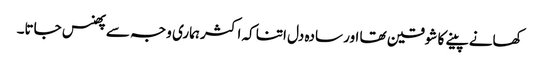
کھانے پینے کا شوقین تھا اور سادہ دل اتنا کہ اکثر ہماری وجہ سے پھنس جاتا۔